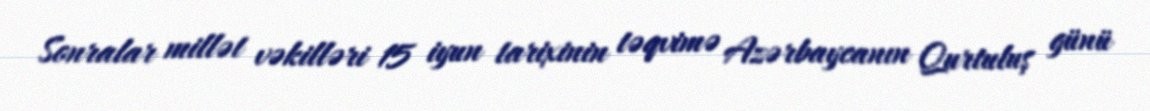
Sonralar millət vəkilləri 15 iyun tarixinin təqvimə Azərbaycanın Qurtuluş günü